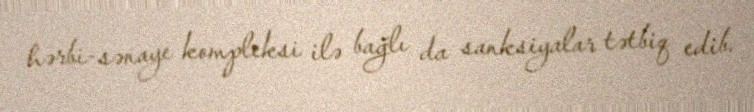
hərbi-sənaye kompleksi ilə bağlı da sanksiyalar tətbiq edib.